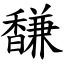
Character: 馦